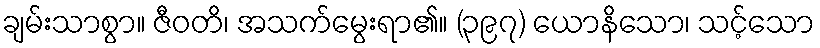
ချမ်းသာစွာ။ ဇီဝတိ၊ အသက်မွေးရာ၏။ (၃၉၇) ယောနိသော၊ သင့်သော